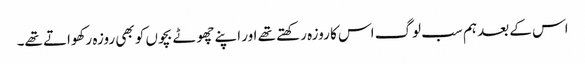
اس کے بعد ہم سب لوگ اس کا روزہ رکھتے تھے اور اپنے چھوٹے بچوں کو بھی روزہ رکھواتے تھے۔